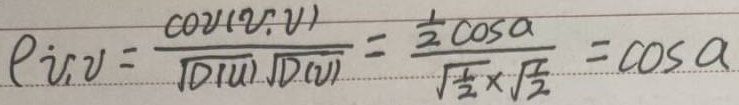
\(\rho_{U,V}=\frac{\mathrm{cov}(U,V)}{\sqrt{D(U)}\sqrt{D(V)}}=\frac{\frac{1}{2}\cos\alpha}{\frac{\sqrt{2}}{2}\times\frac{\sqrt{2}}{2}}=\cos\alpha\)